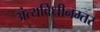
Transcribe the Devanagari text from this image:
अंत्यविधीनम्तर